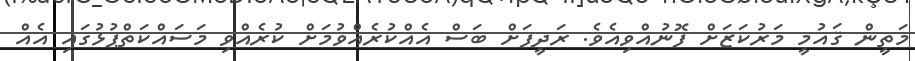
މަތީން ޤައުމީ މަރުކަޒަށް ފޮނުއްވިއެވެ. ރަދީފަށް ބަސް އެއްކުރެއްވުމަށް ކުރެއްވި މަސައްކަތްޕުޅުގައި އެއް